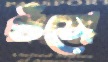
গুঁতো